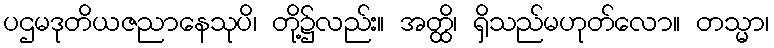
ပဌမဒုတိယဇညာနေသုပိ၊ တို့၌လည်း။ အတ္ထိ၊ ရှိသည်မဟုတ်လော။ တသ္မာ၊